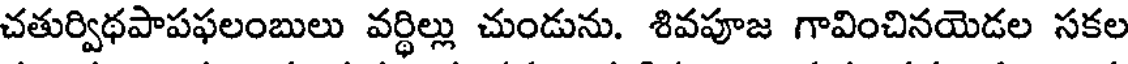
చతుర్విథపాపఫలంబులు వర్థిల్లు చుండును. శివపూజ గావించినయెడల సకల